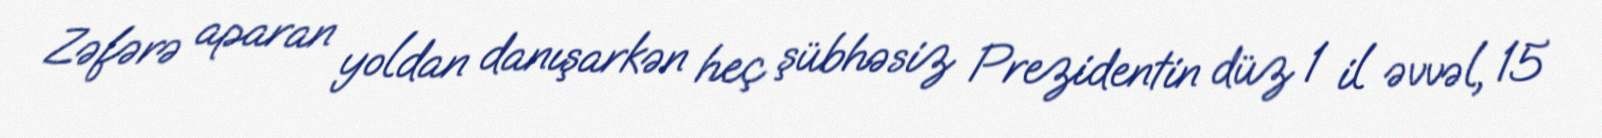
Zəfərə aparan yoldan danışarkən heç şübhəsiz Prezidentin düz 1 il əvvəl, 15